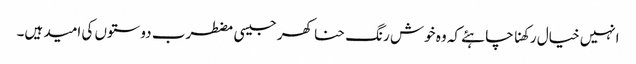
انہیں خیال رکھنا چاہئے کہ وہ خوش رنگ حنا کھر جیسی مضطرب دوستوں کی امید ہیں۔